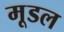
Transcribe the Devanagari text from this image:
मूडल